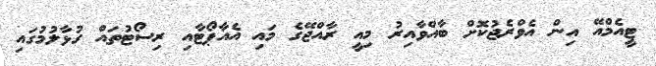
ޓީއެމްއޭ އިން އެވްރެޖުކޮށް ބާއްވާއިރު މިއީ ރާއްޖޭގެ މައި އެއާޕޯޓާއި ރިސޯޓުތައް ގުޅާލުމުގައި